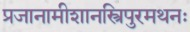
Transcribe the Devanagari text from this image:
प्रजानामीशानस्त्रिपुरमथनः